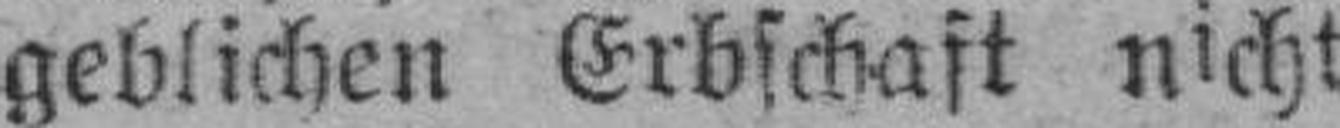
geblichen Erbschaft nicht